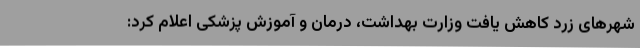
شهرهای زرد کاهش یافت وزارت بهداشت، درمان و آموزش پزشکی اعلام کرد: